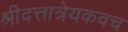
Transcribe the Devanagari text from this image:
श्रीदत्तात्रेयकवच